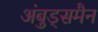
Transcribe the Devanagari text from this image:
अंबुड्समैन